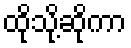
ထိုသို့ဆိုကာ